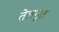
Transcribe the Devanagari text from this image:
तेलगुत